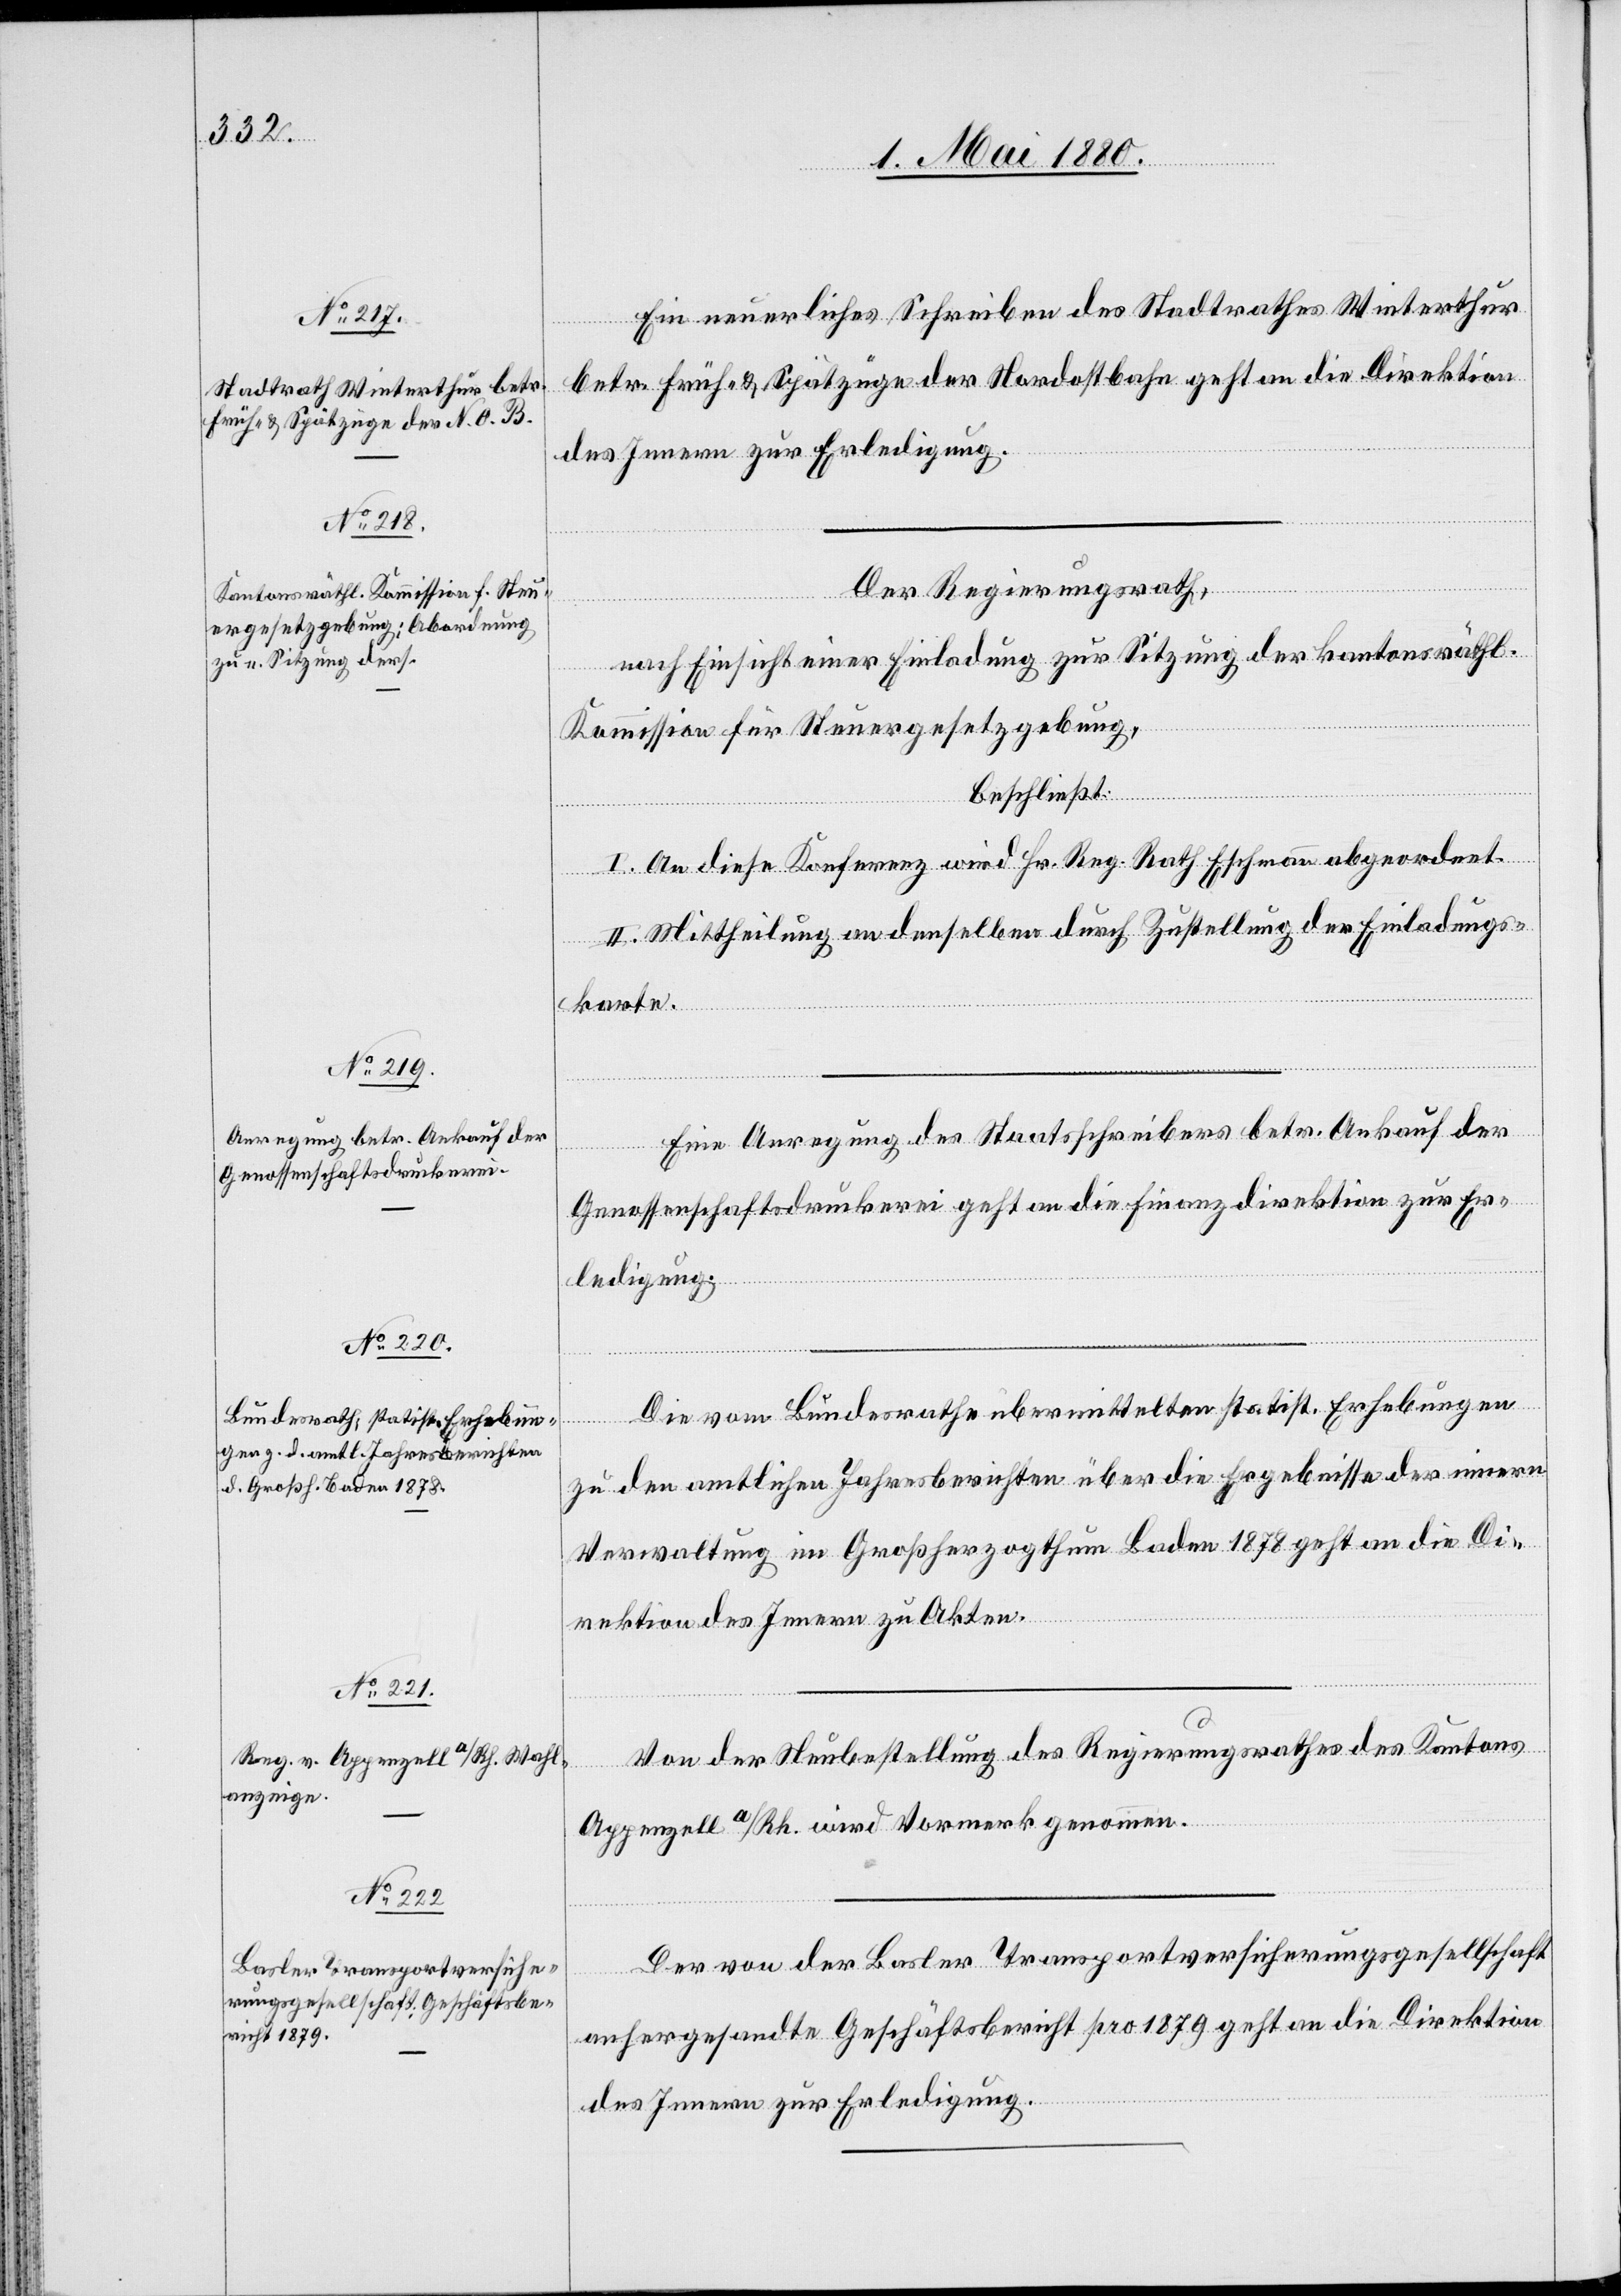
Ein neuerliches Schreiben des Stadtrathes Winterthur
betr. Früh- & Spätzüge der Nordostbahn geht an die Direktion
Der Regierungsrath,
nach Einsicht einer Einladung zur Sitzung der kantonsräthl.
Kommission für Steuergesetzgebung,
beschließt:
I. An diese Konferenz wird Hr. Reg. Rath. Eschmann abgeordnet.
II. Mittheilung an denselben durch Zustellung der Einladungs¬
karte.
Eine Anregung des Staatsschreibers betr. Ankauf der
Genossenschaftsdruckerei geht an die Finanzdirektion zur Er¬
ledigung.
Die vom Bundesrathe übermittelten statist. Erhebungen
zu den amtlichen Jahresberichten über die Ergebnisse der innern
Verwaltung im Großherzogthum Baden 1878 geht an die Di¬
rektion des Innern zu Akten.
Von der Neubestellung des Regierungsrathes des Kantons
Appenzell a/Rh. wird Vormerk genommen.
Der von der Basler Transportversicherungsgesellschaft
anhergesandte Geschäftsbericht pro 1879 geht an die Direktion
des Innern zur Erledigung.